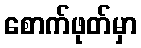
စောက်ဖုတ်မှာ